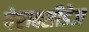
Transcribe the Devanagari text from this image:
पेराक्सीडेज